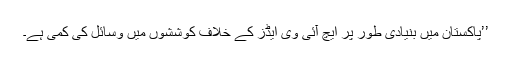
’’پاکستان میں بنیادی طور پر ایچ آئی وی ایڈز کے خلاف کوششوں میں وسائل کی کمی ہے۔